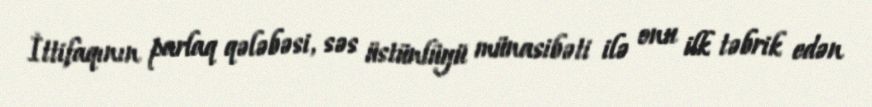
İttifaqının parlaq qələbəsi, səs üstünlüyü münasibəti ilə onu ilk təbrik edən